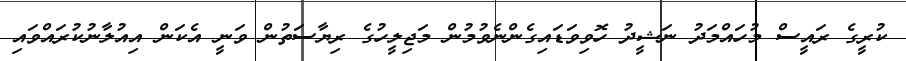
ކުރީގެ ރައީސް މުހައްމަދު ނަޝީދު ހޮވިވަޑައިގެންނެވުމުން މަޖިލީހުގެ ރިޔާސަތުން ވަނީ އެކަން އިއުލާނުކުރައްވައި